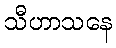
သီဟာသနေ